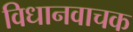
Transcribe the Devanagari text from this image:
विधानवाचक